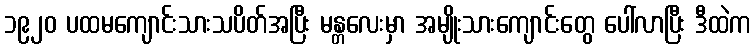
၁၉၂၀ ပထမကျောင်းသားသပိတ်အပြီး မန္တလေးမှာ အမျိုးသားကျောင်းတွေ ပေါ်လာပြီး ဒီထဲက